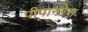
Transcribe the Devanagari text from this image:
पीपानरेश